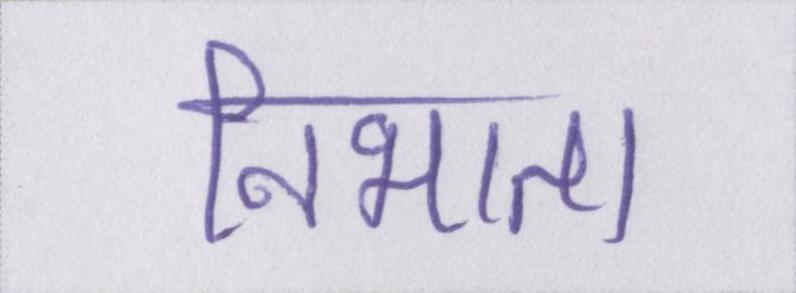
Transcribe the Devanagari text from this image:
निभाता